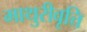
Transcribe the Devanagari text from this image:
माथुरीवृत्ति